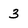
Character: 3